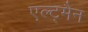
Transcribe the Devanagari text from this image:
एल्ट्मैन